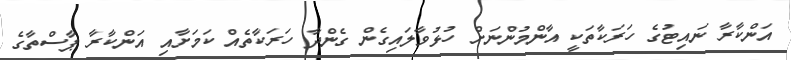
އަންކާރާ ނައިޓުގެ ހަރަކާތަކީ އާންމުންނަށް ހުޅުވާލައިގެން ގެންދާ ހަރަކާތެއް ކަމަށާއި އަންކާރާ ޕާސްތާގެ